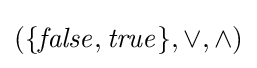
(\{{\mathit {false}},{\mathit {true}}\},\lor ,\land )